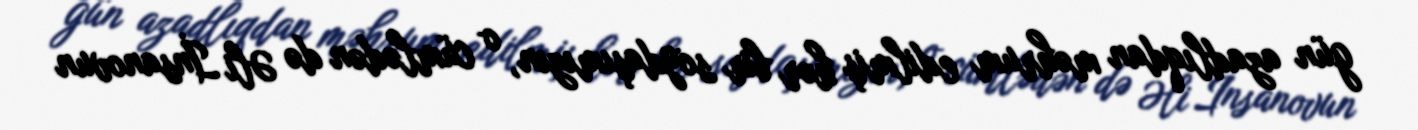
gün azadlıqdan məhrum edilmiş hər bir soydaşımızın, o cümlədən də Əli İnsanovun